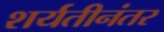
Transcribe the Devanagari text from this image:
शर्यतीनंतर